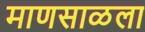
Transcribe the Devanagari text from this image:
माणसाळला